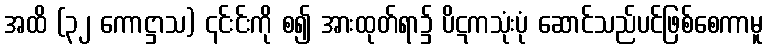
အထိ (၃၂ ကောဋ္ဌာသ) ၎င်းင်းကို စ၍ အားထုတ်ရာ၌ ပိဋကသုံးပုံ ဆောင်သည်ပင်ဖြစ်စေကာမူ